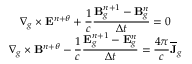
\begin{array} { c c c } { \displaystyle \nabla _ { g } \times \mathbf { E } ^ { n + \theta } + \frac { 1 } { c } \frac { \mathbf { B } _ { g } ^ { n + 1 } - \mathbf { B } _ { g } ^ { n } } { \Delta t } = 0 } \\ { \displaystyle \nabla _ { g } \times \mathbf { B } ^ { n + \theta } - \frac { 1 } { c } \frac { \mathbf { E } _ { g } ^ { n + 1 } - \mathbf { E } _ { g } ^ { n } } { \Delta t } = \frac { 4 \pi } { c } \overline { { \mathbf { J } } } _ { g } } \end{array}